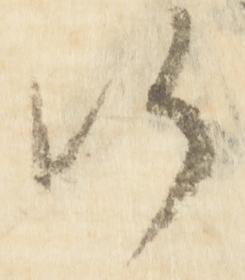
候